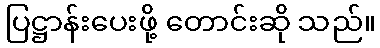
ပြဋ္ဌာန်းပေးဖို့ တောင်းဆို သည်။